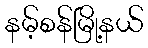
နမ့်စန်မြို့နယ်